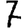
Digit: 7